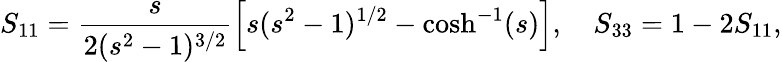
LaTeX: S_{11}=\frac{s}{2(s^{2}-1)^{3/2}}\left[s(s^{2}-1)^{1/2}-\cosh^{-1}(s)\right],\quad S_{33}=1-2S_{11},